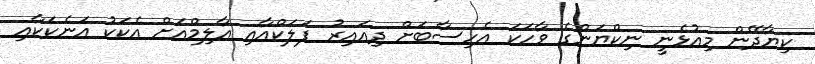
ކިޔާދޭން މިއުޅެނީ ނިކްޔަންގެ ވާހަކަ އެހިސާބަށް ދިއައިރު ފަލަކްއާއި އާލިމްއަށް އެކަކު އަނެކަކާއި